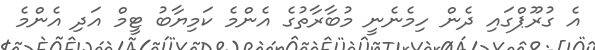
އެ ގުރޫޕްގައި ދެން ހިމެނެނީ މުބާރާތުގެ އެންމެ ކަމިޔާބު ޓީމް އަދި އެންމެ